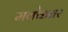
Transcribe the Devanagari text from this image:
मक्केवर